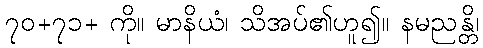
၇၀+၇၁+ ကို။ မာနိယံ၊ သိအပ်၏ဟူ၍။ နမညန္တိ၊